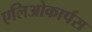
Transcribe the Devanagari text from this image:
एलिओकार्पस